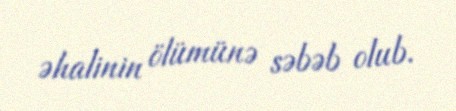
əhalinin ölümünə səbəb olub.